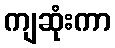
ကျဆုံးကာ